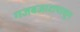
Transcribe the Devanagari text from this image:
गजबजाटापासून